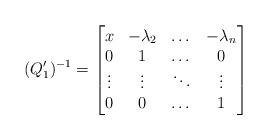
LaTeX: \begin{align*} (Q_1')^{-1}=\begin{bmatrix} x & -\lambda_2 &\dots& -\lambda_n \\ 0 & 1 & \dots & 0 \\ \vdots & \vdots & \ddots & \vdots \\ 0 & 0 & \dots & 1\end{bmatrix} \end{align*}